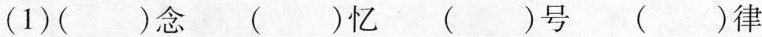
(1)( )念 （） 忆( )号( )律